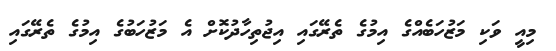
މިއީ ވަކި މަޒުހަބެއްގެ އިމުގެ ތެރޭގައި އިޖުތިހާދުކޮށް އެ މަޒުހަބުގެ އިމުގެ ތެރޭގައި